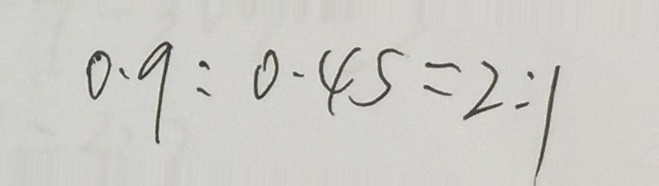
0 . 9 : 0 . 4 5 = 2 : 1